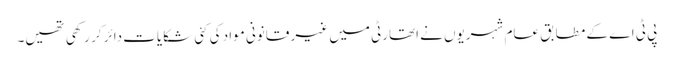
پی ٹی اے کے مطابق عام شہریوں نے اتھارٹی میں غیر قانونی مواد کی کئی شکایات دائر کر رکھی تھیں۔